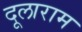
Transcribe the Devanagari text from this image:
दूलाराम